Leaving Certificate Examination (including Day School Certificate (Higher) General paper), 1939
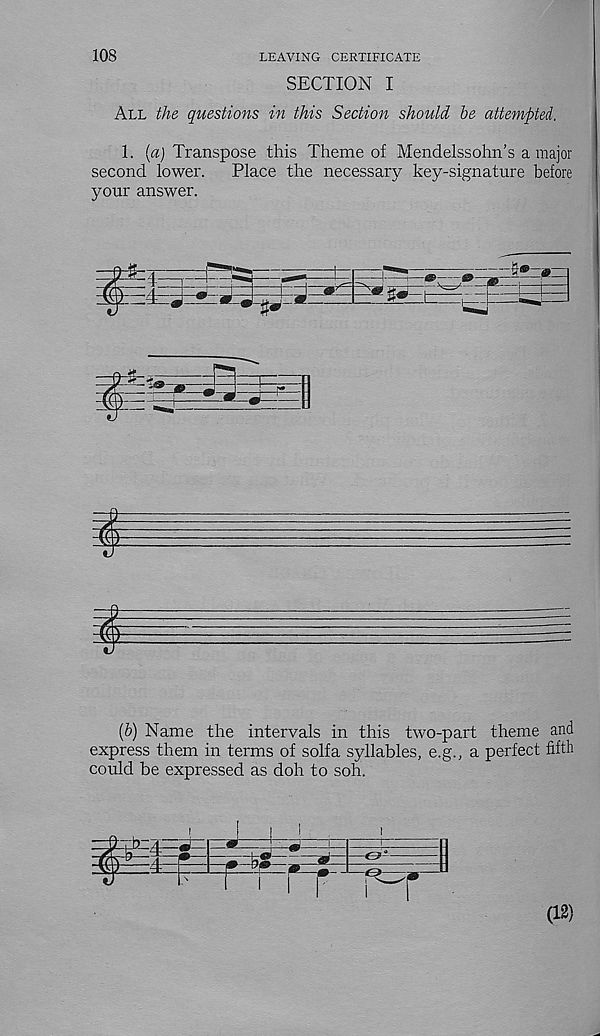
108
LEAVING CERTIFICATE
SECTION I
All the questions in this Section should be attempted.
1. («j Transpose this Theme of Mendelssohn’s a major
second lower.
Place the necessary key-signature before
your answer.
(&) Name the intervals in this two-part theme and
express them in terms of solfa syllables, e.g., a perfect fifth
could be expressed as doh to soli.
(12)